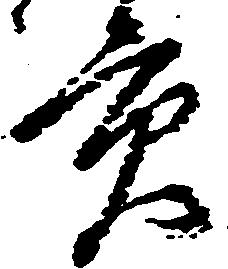
貢